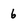
Character: 6